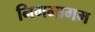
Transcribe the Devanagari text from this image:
निगमागम